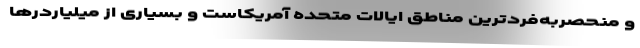
و منحصربه‌فردترین مناطق ایالات متحده آمریکاست و بسیاری از میلیاردرها